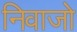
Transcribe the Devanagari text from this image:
निवाजो